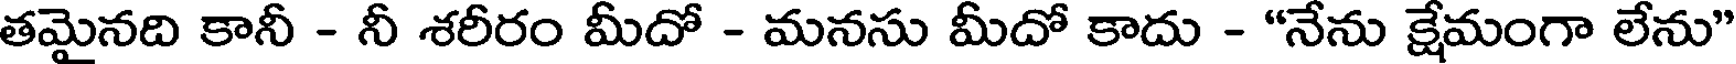
తమైనది కానీ - నీ శరీరం మీదో - మనసు మీదో కాదు - "నేను క్షేమంగా లేను"